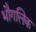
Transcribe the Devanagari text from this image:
भौगलिक